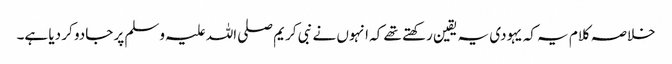
خلاصہ کلام یہ کہ یہودی یہ یقین رکھتے تھے کہ انہوں نے نبی کریم صلی اللہ علیہ وسلم پر جادو کر دیا ہے۔